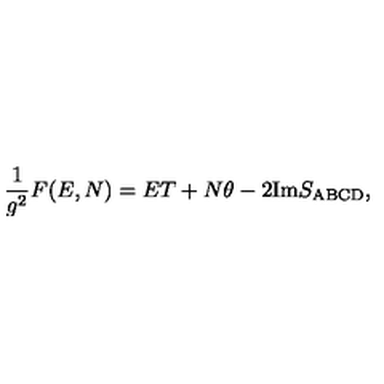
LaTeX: \frac { 1 } { g ^ { 2 } } F ( E , N ) = E T + N \theta - 2 \mathrm { I m } S _ { \mathrm { A B C D } } ,